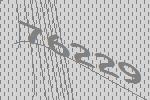
76229